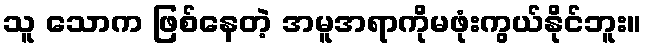
သူ သောက ဖြစ်နေတဲ့ အမူအရာကိုမဖုံးကွယ်နိုင်ဘူး။